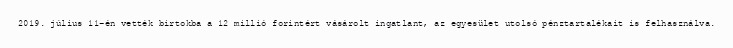
2019. július 11-én vették birtokba a 12 millió forintért vásárolt ingatlant, az egyesület utolsó pénztartalékait is felhasználva.